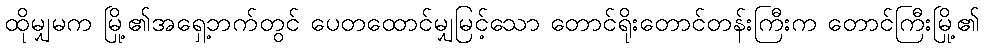
ထိုမျှမက မြို့၏အရှေ့ဘက်တွင် ပေတထောင်မျှမြင့်သော တောင်ရိုးတောင်တန်းကြီးက တောင်ကြီးမြို့၏